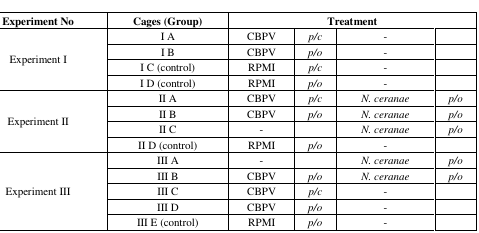
<table><thead><tr><td><b>Experiment No</b></td><td><b>Cages (Group)</b></td><td colspan="4"><b>Treatment</b></td></tr></thead><tbody><tr><td rowspan="4">Experiment I</td><td>I A</td><td>CBPV</td><td><i>p/c</i></td><td>-</td><td></td></tr><tr><td>I B</td><td>CBPV</td><td><i>p/o</i></td><td>-</td><td></td></tr><tr><td>I C (control)</td><td>RPMI</td><td><i>p/c</i></td><td>-</td><td></td></tr><tr><td>I D (control)</td><td>RPMI</td><td><i>p/o</i></td><td>-</td><td></td></tr><tr><td rowspan="4">Experiment II</td><td>II A</td><td>CBPV</td><td><i>p/c</i></td><td><i>N. ceranae</i></td><td><i>p/o</i></td></tr><tr><td>II B</td><td>CBPV</td><td><i>p/o</i></td><td><i>N. ceranae</i></td><td><i>p/o</i></td></tr><tr><td>II C</td><td>-</td><td></td><td><i>N. ceranae</i></td><td><i>p/o</i></td></tr><tr><td>II D (control)</td><td>RPMI</td><td><i>p/o</i></td><td>-</td><td></td></tr><tr><td rowspan="5">Experiment III</td><td>III A</td><td>-</td><td></td><td><i>N. ceranae</i></td><td><i>p/o</i></td></tr><tr><td>III B</td><td>CBPV</td><td><i>p/o</i></td><td><i>N. ceranae</i></td><td><i>p/o</i></td></tr><tr><td>III C</td><td>CBPV</td><td><i>p/c</i></td><td>-</td><td></td></tr><tr><td>III D</td><td>CBPV</td><td><i>p/o</i></td><td>-</td><td></td></tr><tr><td>III E (control)</td><td>RPMI</td><td><i>p/o</i></td><td>-</td><td></td></tr></tbody></table>